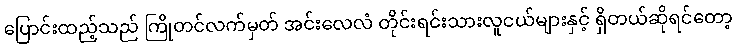
ပြောင်းထည့်သည် ကြိုတင်လက်မှတ် အင်းလေလံ တိုင်းရင်းသားလူငယ်များနှင့် ရှိတယ်ဆိုရင်တော့